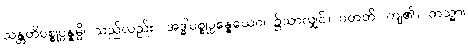
သန္တတိပစ္စုပ္ပန္နမ္ပိ၊ သည်လည်း။ အဒ္ဓါပစ္စုပ္ပန္နေယေဝ၊ ၌သာလျှင်။ ပတတိ၊ ကျ၏။ တသ္မာ၊